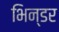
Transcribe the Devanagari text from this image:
भिन्डर